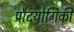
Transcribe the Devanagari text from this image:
प्रौदयोगिकी